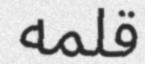
قلمه